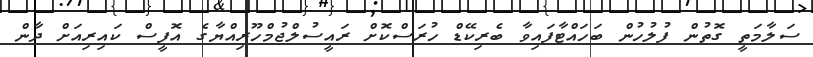
ސަލާމަތީ ގޮތުން ފުލުހުން ބަހައްޓާފައިވާ ބެރިކޭޑް ހުރަސްކޮށް ރައީސުލްޖުމްހޫރިއްޔާގެ އޮފީސް ކައިރިއަށް ދާން